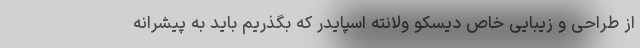
از طراحی و زیبایی خاص دیسکو ولانته اسپایدر که بگذریم باید به پیشرانه